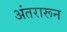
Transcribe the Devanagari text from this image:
अंतरारून